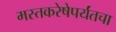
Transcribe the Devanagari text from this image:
मस्तकरेषेपर्यंतचा